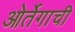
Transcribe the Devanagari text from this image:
ओर्तेगाची